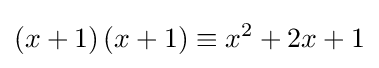
\left(x+1\right)\left(x+1\right)\equiv x^{2}+2x+1